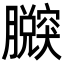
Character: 𦢴